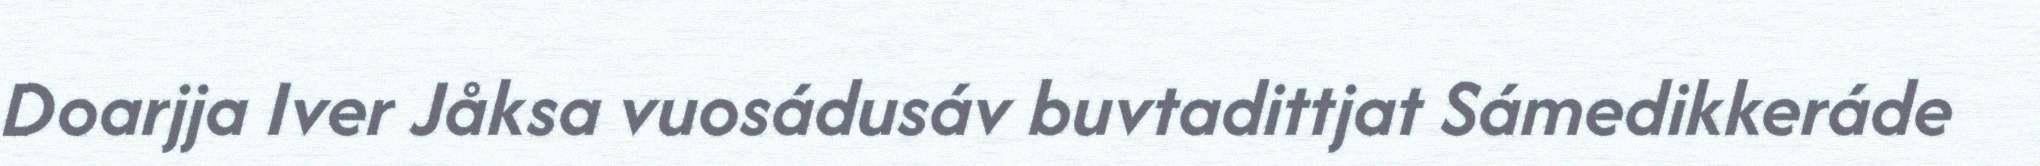
Doarjja Iver Jåksa vuosádusáv buvtadittjat Sámedikkeráde